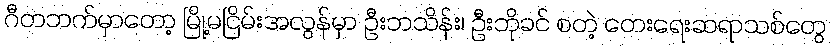
ဂီတဘက်မှာတော့ မြို့မငြိမ်းအလွန်မှာ ဦးဘသိန်း၊ ဦးဘိုခင် စတဲ့ တေးရေးဆရာသစ်တွေ